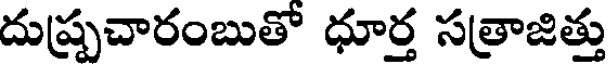
దుష్ప్రచారంబుతో ధూర్త సత్రాజిత్తు